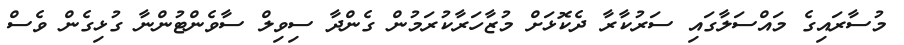
މުސާރައިގެ މައްސަލާގައި ސަރުކާރާ ދެކޮޅަށް މުޒާހަރާކުރަމުން ގެންދާ ސިވިލް ސާވެންޓުންނާ ގުޅިގެން ވެސް